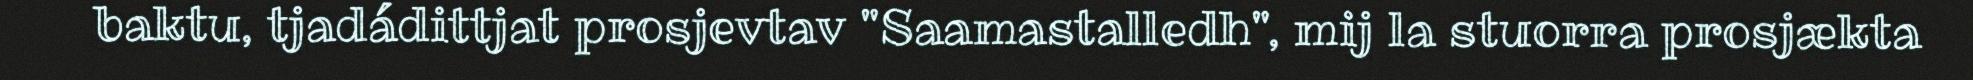
baktu, tjadádittjat prosjevtav "Saamastalledh", mij la stuorra prosjækta